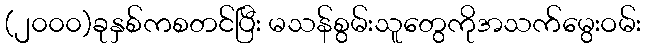
(၂၀၀၀)ခုနှစ်ကစတင်ပြီး မသန်စွမ်းသူတွေကိုအသက်မွေးဝမ်း